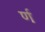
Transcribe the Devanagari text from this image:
र्ण